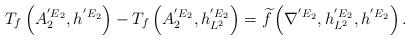
LaTeX: \begin{align*}\begin{aligned}T_{f}\left(A^{{'E}_{2}}_{2}, h^{{'E}_{2}}\right)-T_{f}\left(A^{{'E}_{2}}_{2}, h^{{'E}_{2}}_{L^{2}}\right)=\widetilde{f}\left(\nabla^{{'E}_{2}},h^{{'E}_{2}}_{L^{2}}, h^{{'E}_{2}}\right).\end{aligned}\end{align*}